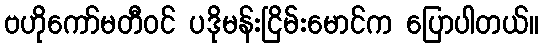
ဗဟိုကော်မတီဝင် ပဒိုမန်းငြိမ်းမောင်က ပြောပါတယ်။